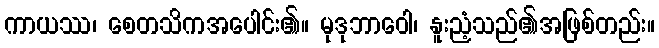
ကာယဿ၊ စေတသိကအပေါင်း၏။ မုဒုဘာဝေါ၊ နူးညံ့သည်၏အဖြစ်တည်း။